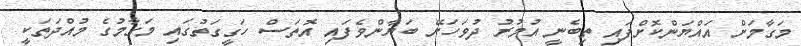
މަގާމަށް އައްޔަންކޮށްފައި ތިބެނީ އުމުރު ދުވަހަށޭ ބަޔާންވެފައި އޮތަސް ހަގީގަތުގައި މަގާމުގެ މުއްދަތަކީ